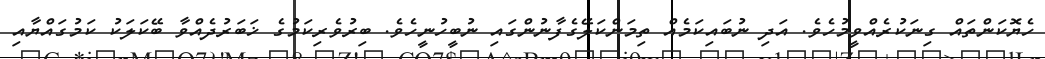
ހެޔޮކަންތައް ގިނަކުރެއްވީމުހެވެ. އަދި ނުބައިކަމެއް ތިމަންކަލޭގެފާނުންގައި ނުބީހުނީހެވެ. ބިރުވެރިކަމުގެ ޚަބަރުދެއްވާ ބޭކަލަކު ކަމުގައްޔާއި